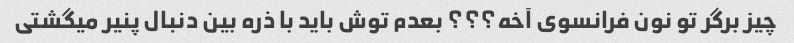
چیز برگر تو نون فرانسوی آخه؟؟؟ بعدم توش باید با ذره بین دنبال پنیر میگشتی